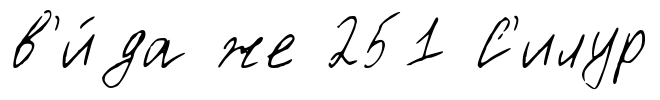
в'и́да же 251 С'илур